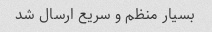
بسیار منظم و سریع ارسال شد